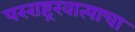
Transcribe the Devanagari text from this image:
परराष्ट्रखात्याचा